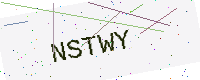
Text: NSTWY